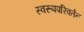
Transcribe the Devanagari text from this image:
स्वरूपपरिवर्तन